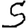
Digit: 5